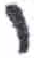
אות: י